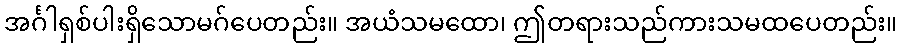
အင်္ဂါရှစ်ပါးရှိသောမဂ်ပေတည်း။ အယံသမထော၊ ဤတရားသည်ကားသမထပေတည်း။